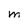
Character: M